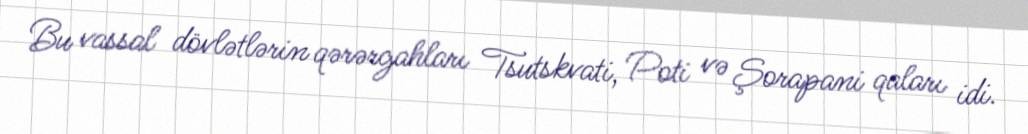
Bu vassal dövlətlərin qərərgahları Tsutskvati, Poti və Şorapani qaları idi.